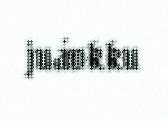
juávkku